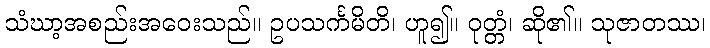
သံဃာ့အစည်းအဝေးသည်။ ဥပသင်္ကမိတိ၊ ဟူ၍။ ဝုတ္တံ၊ ဆို၏။ သုဇာတဿ၊